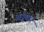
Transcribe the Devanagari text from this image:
ब्रायथन